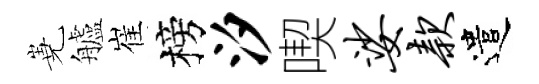
嶤艫崔榜汐喫娑款遣